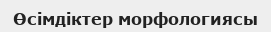
Өсімдіктер морфологиясы